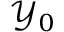
\mathcal { Y } _ { 0 }